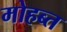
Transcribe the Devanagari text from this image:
मोहब्त